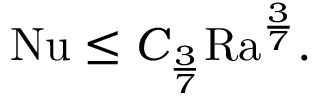
\begin{array} { r } { \mathrm { { N u } } \leq C _ { \frac { 3 } { 7 } } \mathrm { { R a } } ^ { \frac { 3 } { 7 } } . } \end{array}